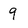
Character: 9